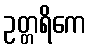
ဥတ္တရိကေ